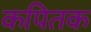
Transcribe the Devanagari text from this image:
कपितक